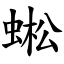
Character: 蜙